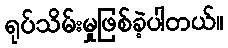
ရုပ်သိမ်းမှုဖြစ်ခဲ့ပါတယ်။